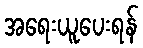
အရေးယူပေးရန်